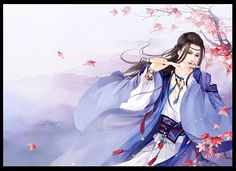
谁家玉笛暗飞声，散入春风满洛城。